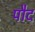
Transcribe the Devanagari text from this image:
पौद